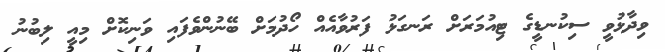
ވިދާޅުވީ ސިކުނޑީގެ ޓިއުމަރަށް ރަނގަޅު ފަރުވާއެއް ހޯދުމަށް ބޭނުންވެފައި ވަނިކޮށް މިއީ ލިބުނު